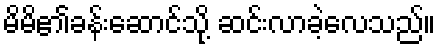
မိမိ၏ခန်းဆောင်သို့ ဆင်းလာခဲ့လေသည်။